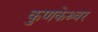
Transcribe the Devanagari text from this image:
कुणकेश्र्वर